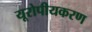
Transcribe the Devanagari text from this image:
यूरोपीयकरण